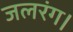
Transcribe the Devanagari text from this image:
जलरंग।